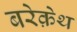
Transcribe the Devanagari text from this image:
बरेक़ेथ